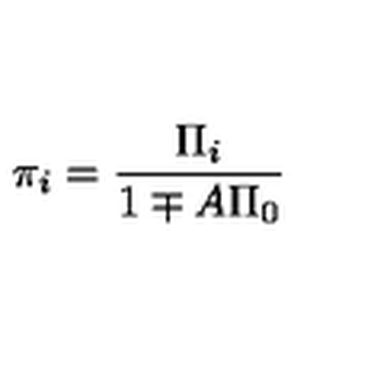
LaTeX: \pi _ { i } = \frac { \Pi _ { i } } { 1 \mp A \Pi _ { 0 } }